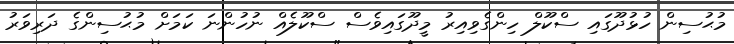
މުޙުސިން ހުޅުދޫގައި ސްކޫލް ހިންގެވިއިރު މީދޫގައިވެސް ސްކޫލެއް ނުހުންނަ ކަމަށް މުޙުސިންގެ ދަރިވަރު